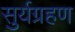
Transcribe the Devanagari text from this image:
सुर्यग्रहण